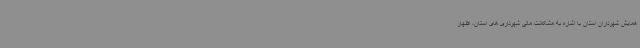
همایش شهرداران استان با اشاره به مشکلات مالی شهرداری های استان، اظهار